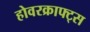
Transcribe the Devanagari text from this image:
होवरक्राफ्ट्स